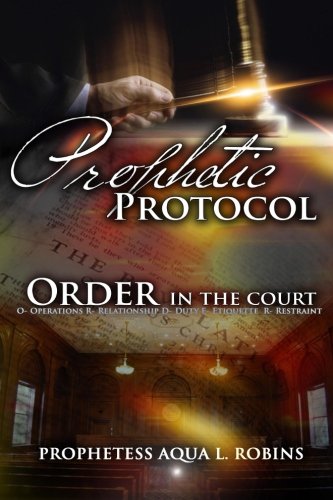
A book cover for Prophetic Protocol: Order In The Court; Aqua L Robins; Christian Books & Bibles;